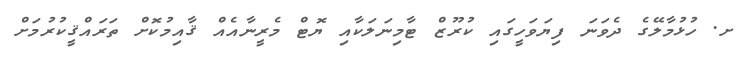
ށ. ހުޅުމާލޭގެ ދެވަނަ ފިޔަވަހީގައި ކުރޫޒް ޓާމިނަލަކާއި ޔޮޓް މެރީނާއެއް ޤާއިމުކޮށް ތަރައްޤީކުރުމަށް